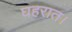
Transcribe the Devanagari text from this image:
घहरात।